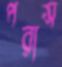
পরাস